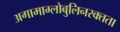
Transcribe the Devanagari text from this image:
अगामाग्लोबुलिनरक्तता